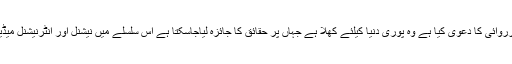
اجلاس کے شرکاء نے کہاکہ انڈیا نے جس علاقے میں کارروائی کا دعویٰ کیا ہے وہ پوری دنیا کیلئے کھلا ہے جہاں پر حقائق کا جائزہ لیاجاسکتا ہے اس سلسلے میں نیشنل اور انٹرنیشنل میڈیا کو مذکورہ مقام جگہ پر لے جانے کا فیصلہ کیا گیا ہے ۔